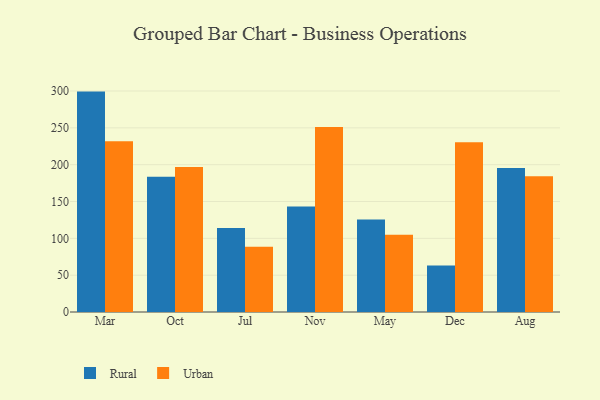
{"axis": {"x": "Month", "y": "Shipments"}, "legend": ["Rural", "Urban"], "data": [{"x": "Mar", "y": 299.2, "type": "Rural"}, {"x": "Mar", "y": 231.7, "type": "Urban"}, {"x": "Oct", "y": 183.5, "type": "Rural"}, {"x": "Oct", "y": 196.8, "type": "Urban"}, {"x": "Jul", "y": 114.1, "type": "Rural"}, {"x": "Jul", "y": 88.7, "type": "Urban"}, {"x": "Nov", "y": 143.2, "type": "Rural"}, {"x": "Nov", "y": 251.1, "type": "Urban"}, {"x": "May", "y": 125.5, "type": "Rural"}, {"x": "May", "y": 105.0, "type": "Urban"}, {"x": "Dec", "y": 63.0, "type": "Rural"}, {"x": "Dec", "y": 230.3, "type": "Urban"}, {"x": "Aug", "y": 195.5, "type": "Rural"}, {"x": "Aug", "y": 184.4, "type": "Urban"}]}